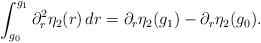
LaTeX: \begin{align*} \int_{g_0}^{g_1}\partial_r^2\eta_2(r)\,dr = \partial_r\eta_2(g_1)-\partial_r\eta_2(g_0).\end{align*}